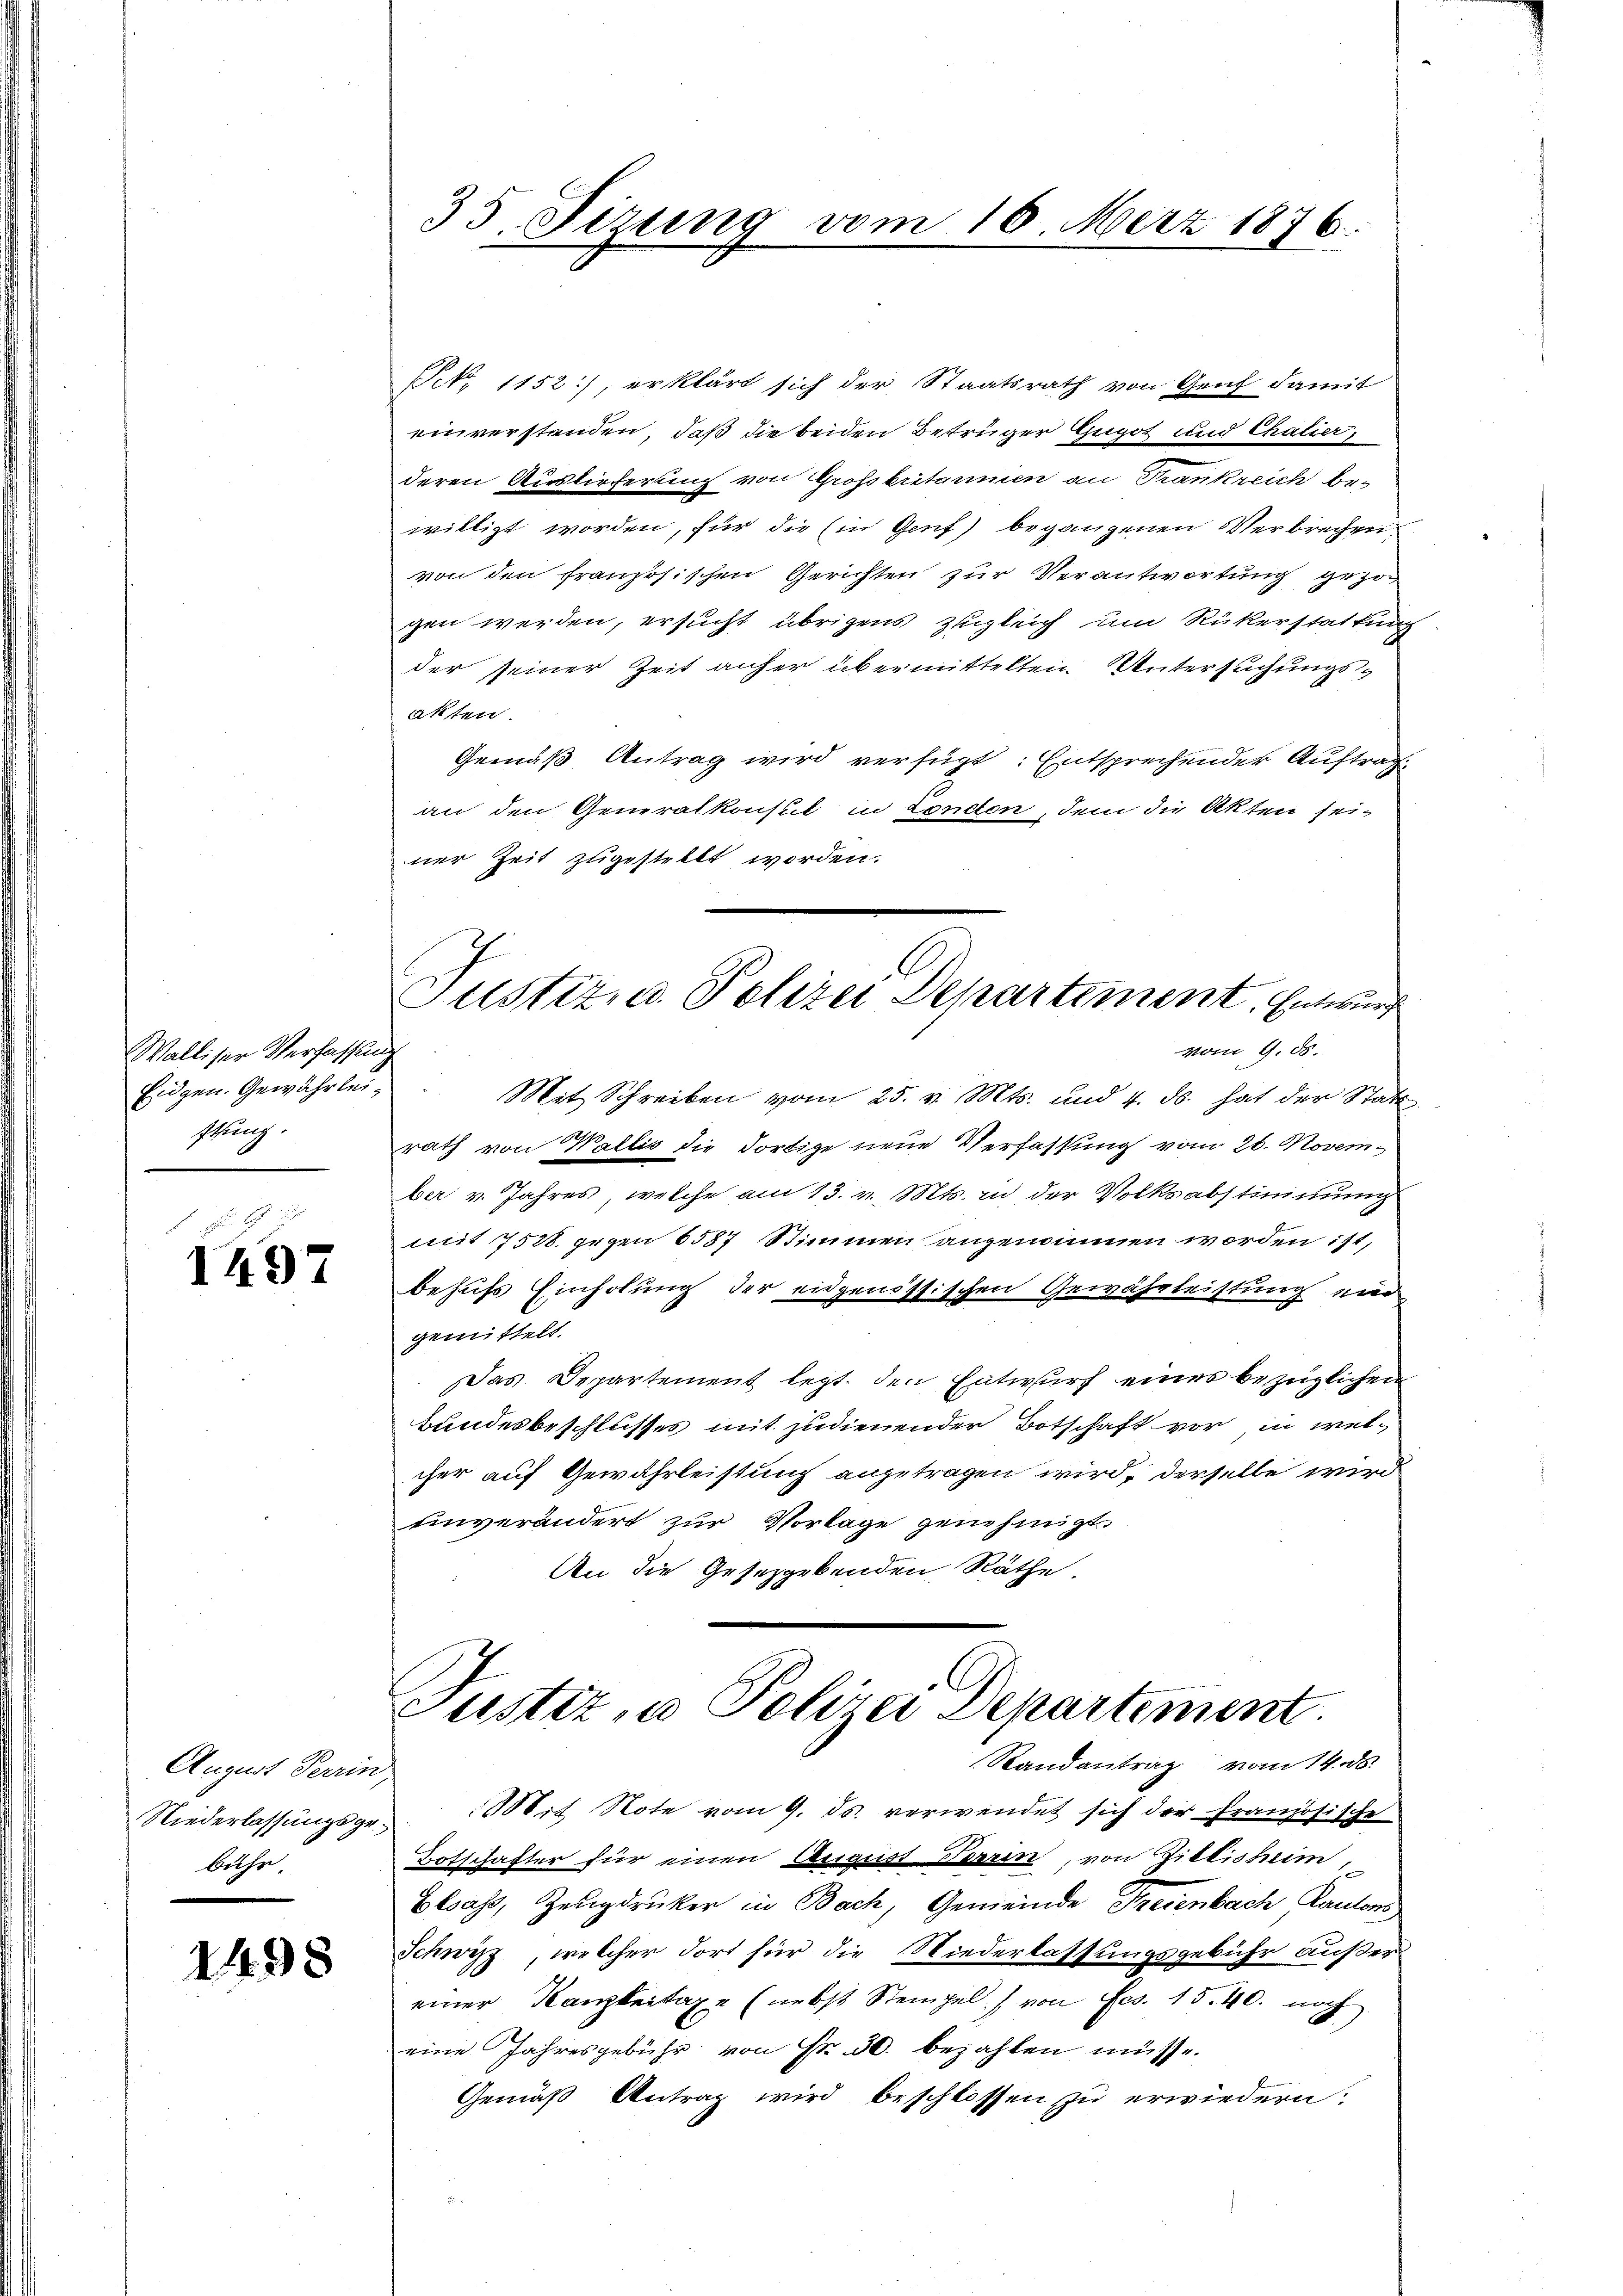
Walliser Verfassung
Eidgen. Gewährleistung.

1497

August Terrin,
bühr.

2498

35. Sizung vom 16. März 1876.

Pct. 1152), erklärt sich der Staatsrath von Genf damit
einverstanden, daß die beiden Betrüger Gugot und Chalier,
deren Auslieferung von Großbritannien an Trankreich be-
willigt worden, für die (in Genf) begangenen Verbrechen
von den französischen Gerichten zur Verantwortung gezogen werden, ersucht übrigens zugleich um Rükerstattung
der seiner Zeit anher übermittelten Untersuchungsakten.
Gemäß Antrag wird verfügt: Entsprechender Auftrag
an den Generalkonsul in London, dem die Akten sei-
ner Zeit zugestellt worden.
Mit Schreiben vom 25. v. Mts. und 4. ds. hat der Statt
rath von Wallis die dortige neue Verfassung vom 26. November v. Jahres, welche am 13. v. Mts. in der Volksabstimmung
mit 7528. gegen 6587 Stimmen angenommen worden ist,
behufs Einholung der eidgenössischen Gewährleistung und
gemittelt.
Das Departement legt. den Entwurf eines bezüglichen
bundesbeschlusses mit zudienender Botschaft vor, in welcher auf Gewährleistung angetragen wird, derselbe wird
Einverändert zur Vorlage genehmigt.
An die Gesetzgebenden Räthe.
Justiz in Polizei Departement.
Randantrag vom 14. ds.
Niederlassungsge- 300 rt Note vom 9. ds. verwendet sich der Französische
Botschafter für einen August Terrin, von Zillisheim,
Elsass, Zeugdrucker in Bach, Gemeinde Freienbach, Kantons
Schwyz, welcher dort für die Niederlassungsgebühr außer
einer Kanzleitaxe (nebst Stempel) von Ges. 15. 40. noch
eine Jahresgebühr von Fr. 50. bezahlen müsse.
Gemäß Antrag wird beschlossen zu erwiedern:

Justiz, u. Polizei Departement. Entwurf
vom 9. ds.